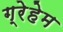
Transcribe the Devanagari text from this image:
ग्रेहेम